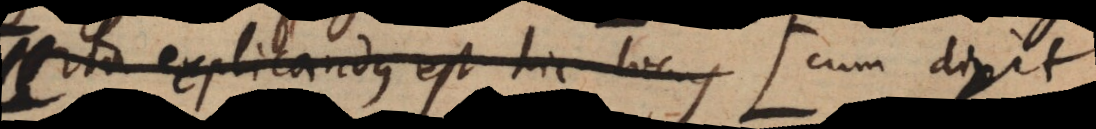
Ita explicandus est hic locus ne prio